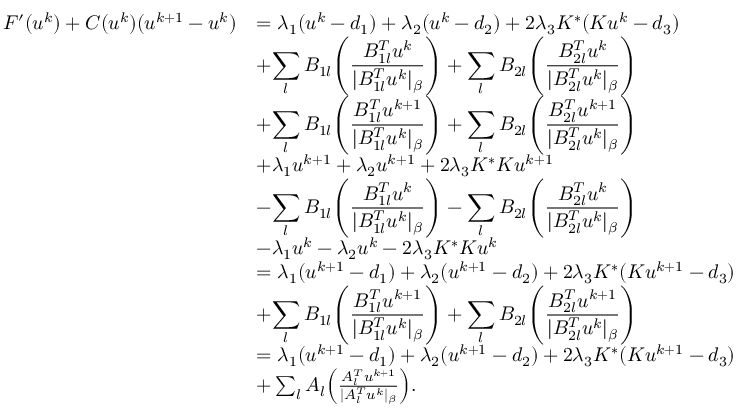
\begin{array} { r l } { F ^ { \prime } ( u ^ { k } ) + C ( u ^ { k } ) ( u ^ { k + 1 } - u ^ { k } ) } & { = \lambda _ { 1 } ( u ^ { k } - d _ { 1 } ) + \lambda _ { 2 } ( u ^ { k } - d _ { 2 } ) + 2 \lambda _ { 3 } K ^ { * } ( K u ^ { k } - d _ { 3 } ) } \\ & { + \displaystyle { \sum _ { l } B _ { 1 l } \Bigg ( \frac { B _ { 1 l } ^ { T } u ^ { k } } { | B _ { 1 l } ^ { T } u ^ { k } | _ { \beta } } \Bigg ) } + \displaystyle { \sum _ { l } B _ { 2 l } \Bigg ( \frac { B _ { 2 l } ^ { T } u ^ { k } } { | B _ { 2 l } ^ { T } u ^ { k } | _ { \beta } } \Bigg ) } } \\ & { + \displaystyle { \sum _ { l } B _ { 1 l } \Bigg ( \frac { B _ { 1 l } ^ { T } u ^ { k + 1 } } { | B _ { 1 l } ^ { T } u ^ { k } | _ { \beta } } \Bigg ) } + \displaystyle { \sum _ { l } B _ { 2 l } \Bigg ( \frac { B _ { 2 l } ^ { T } u ^ { k + 1 } } { | B _ { 2 l } ^ { T } u ^ { k } | _ { \beta } } \Bigg ) } } \\ & { + \lambda _ { 1 } u ^ { k + 1 } + \lambda _ { 2 } u ^ { k + 1 } + 2 \lambda _ { 3 } K ^ { * } K u ^ { k + 1 } } \\ & { - \displaystyle { \sum _ { l } B _ { 1 l } \Bigg ( \frac { B _ { 1 l } ^ { T } u ^ { k } } { | B _ { 1 l } ^ { T } u ^ { k } | _ { \beta } } \Bigg ) } - \displaystyle { \sum _ { l } B _ { 2 l } \Bigg ( \frac { B _ { 2 l } ^ { T } u ^ { k } } { | B _ { 2 l } ^ { T } u ^ { k } | _ { \beta } } \Bigg ) } } \\ & { - \lambda _ { 1 } u ^ { k } - \lambda _ { 2 } u ^ { k } - 2 \lambda _ { 3 } K ^ { * } K u ^ { k } } \\ & { = \lambda _ { 1 } ( u ^ { k + 1 } - d _ { 1 } ) + \lambda _ { 2 } ( u ^ { k + 1 } - d _ { 2 } ) + 2 \lambda _ { 3 } K ^ { * } ( K u ^ { k + 1 } - d _ { 3 } ) } \\ & { + \displaystyle { \sum _ { l } B _ { 1 l } \Bigg ( \frac { B _ { 1 l } ^ { T } u ^ { k + 1 } } { | B _ { 1 l } ^ { T } u ^ { k } | _ { \beta } } \Bigg ) } + \displaystyle { \sum _ { l } B _ { 2 l } \Bigg ( \frac { B _ { 2 l } ^ { T } u ^ { k + 1 } } { | B _ { 2 l } ^ { T } u ^ { k } | _ { \beta } } \Bigg ) } } \\ & { = \lambda _ { 1 } ( u ^ { k + 1 } - d _ { 1 } ) + \lambda _ { 2 } ( u ^ { k + 1 } - d _ { 2 } ) + 2 \lambda _ { 3 } K ^ { * } ( K u ^ { k + 1 } - d _ { 3 } ) } \\ & { + \sum _ { l } A _ { l } \Big ( \frac { A _ { l } ^ { T } u ^ { k + 1 } } { | A _ { l } ^ { T } u ^ { k } | _ { \beta } } \Big ) . } \end{array}